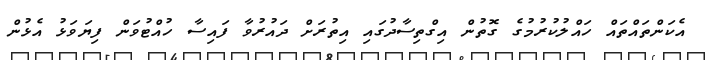
އެކަންތައްތައް ހައްލުކުރުމުގެ ގޮތުން އިގްތިސާދުގައި އިތުރަށް ދައުރުވާ ފައިސާ ހުއްޓުވަން ފިޔަވަޅު އެޅުން